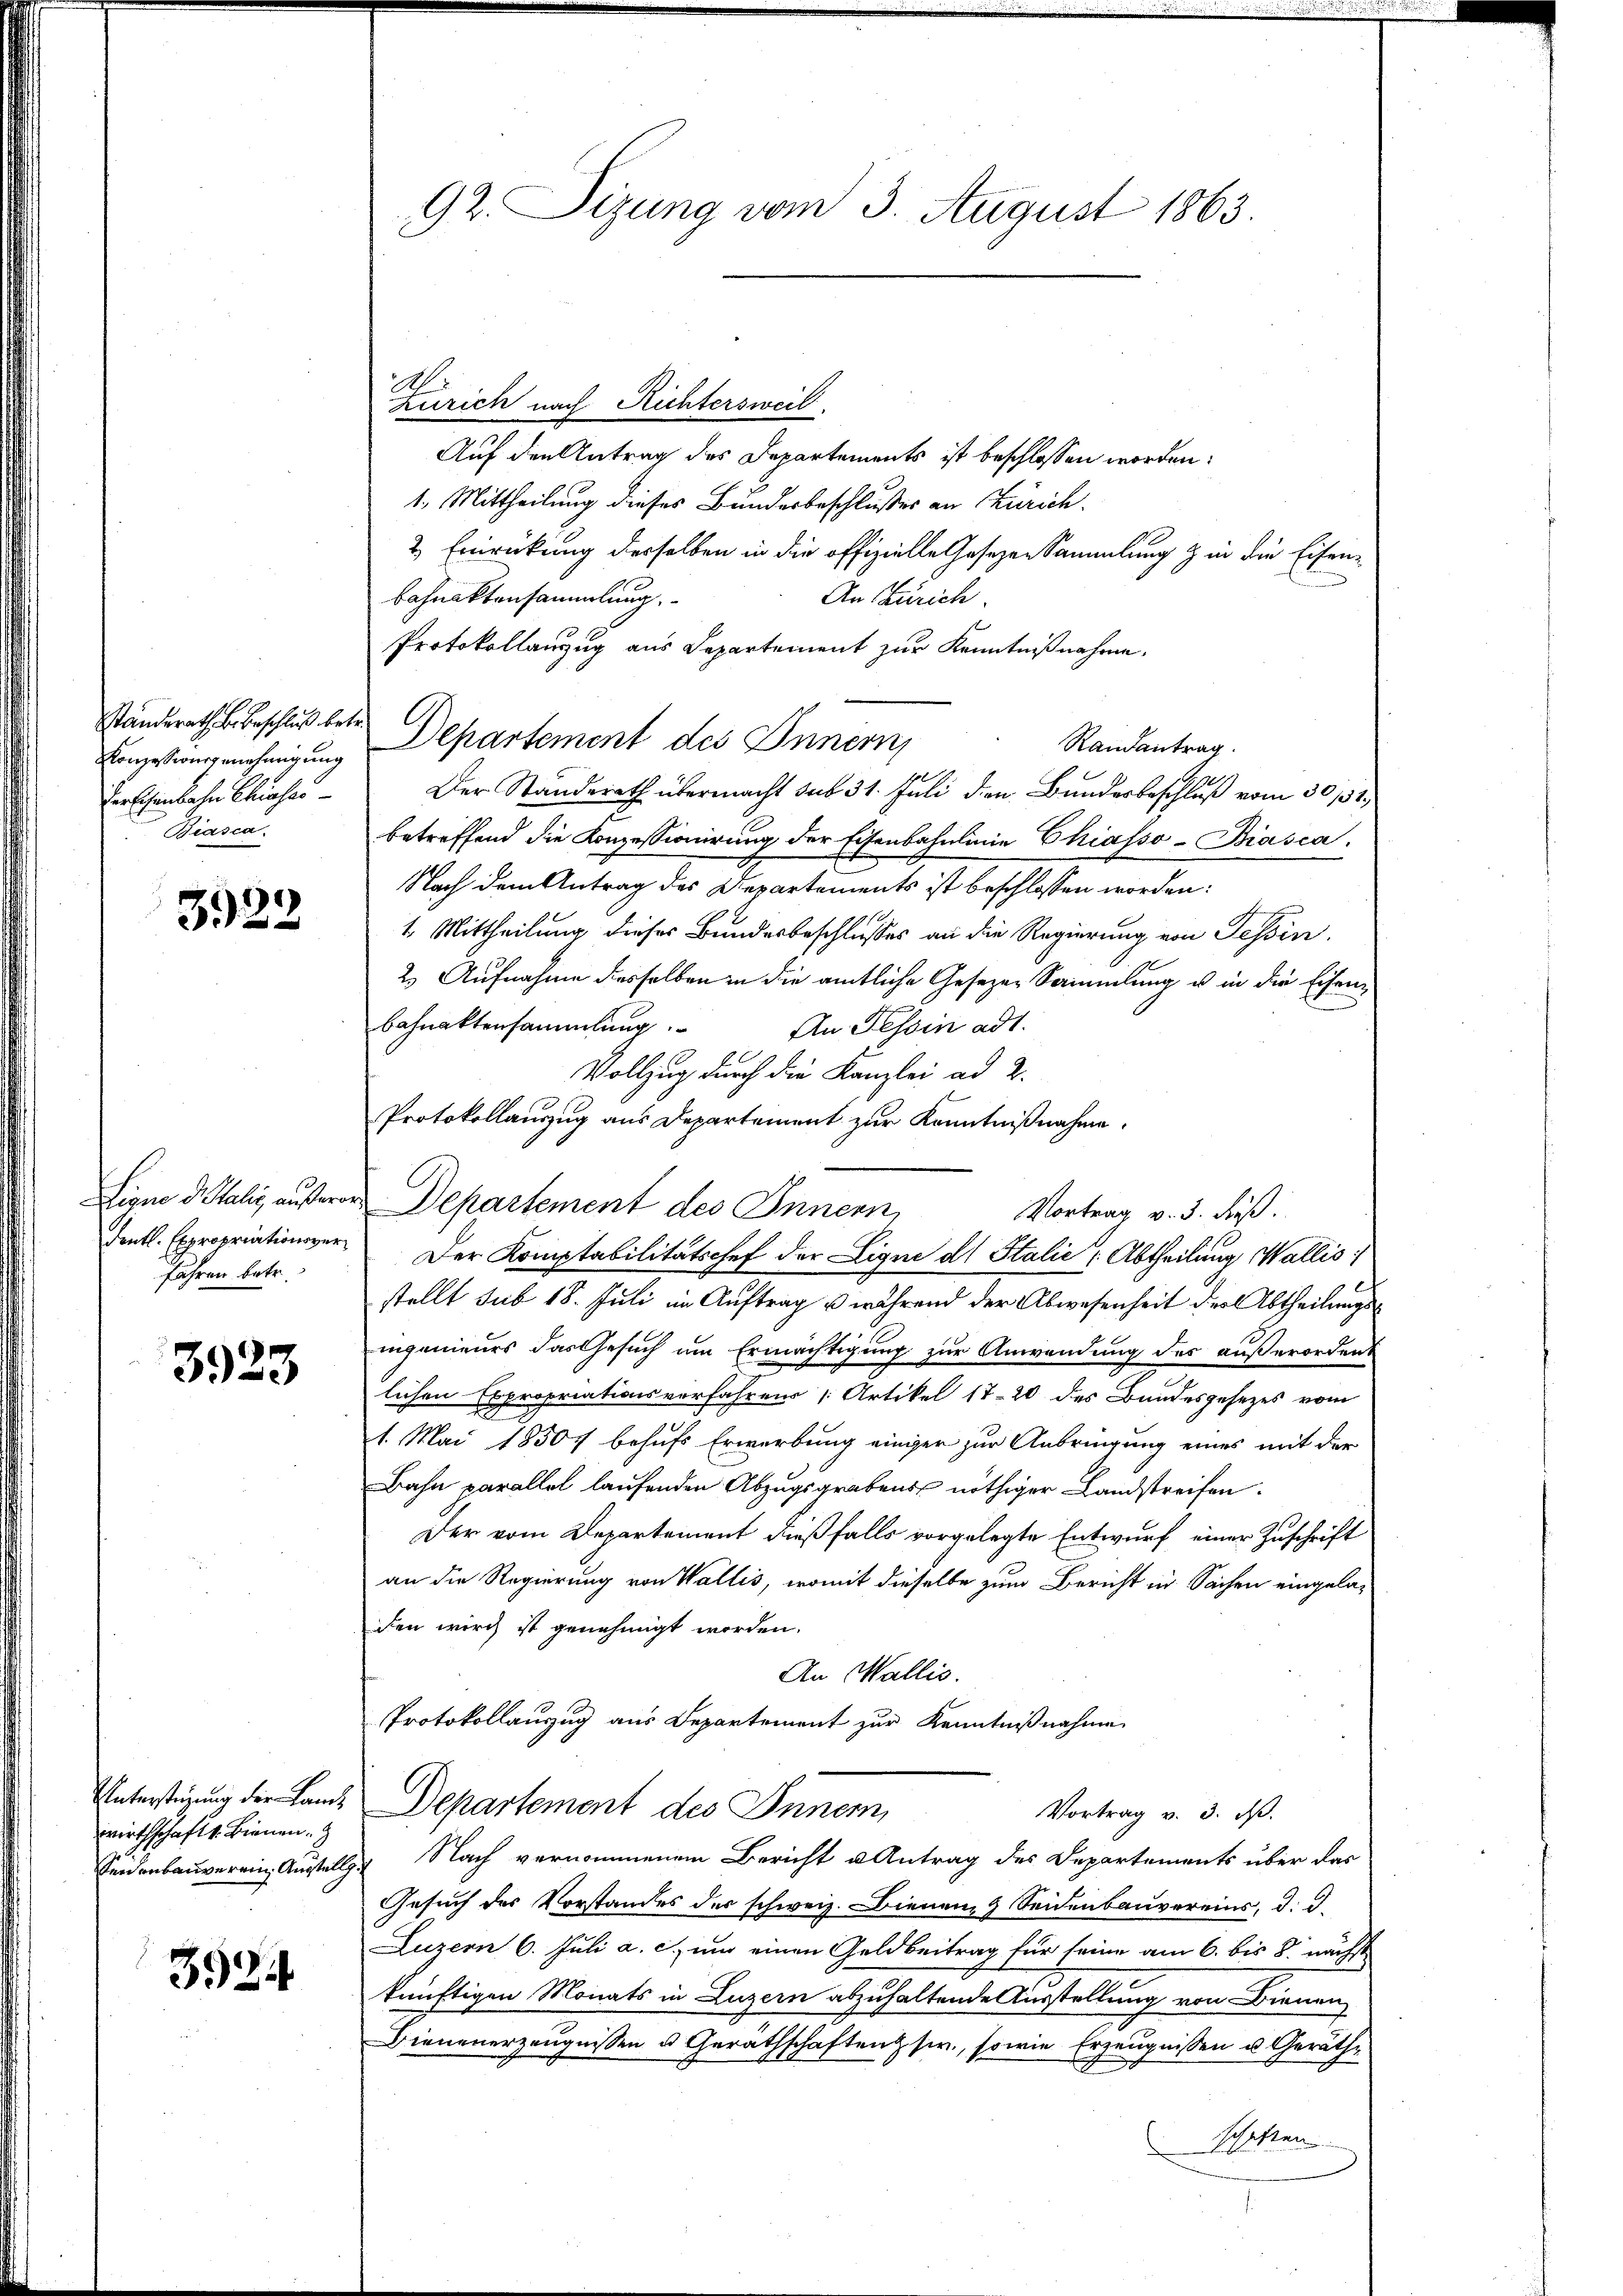
Konzessionsgenehmigung
Verschenbahn Chiahas
Biasca.

3922

Signe di Salis, außere
dentl. Expropriationsverfahren betr.

3923

Unterstüzung der Landwirthschaft 1. Bienen
Seidenbauverein Ausstellg

3924

92. Sizung vom 3. August 1863.

1
Zürich nach Richtersweil
Auf den Antrag des Departements ist beschlossen worden:
1. Mittheilung dieses Bundesbeschlußes an Zürich.
2. Einrückung desselben in die offizielle Gesezen Sammlung & in die Eisen¬
An Zürich.
Bahnaktensammlung
Protokollanzug aus Departement zur Kenntnißnahme.
standerathes Beschluß betr. Departement des Innern,
Randantrag.
Der Standerath übermacht sub 31. Juli den Bundesbeschluß vom 30 152.
betreffend die Konzessionirung der Eisenbahnlinie Chiasso-Biasca
Nach dem Antrag des Departements ist beschlossen worden:
1. Mittheilung dieses Bundesbeschlusses an die Regierung von Tessin.
2. Aufnahme desselben in die amtliche Gesezen Sammlung u. in die Eisenbahnaktensammlung.
An Tessin ad 1.
Vollzug durch die Kanzlei ad 2.
Protokollauszug aus Departement zur Kenntnißnahme.
Departement des Innern,
Vortrag v. 3. Fuß.
Der Komptabilitätschef der Lique di Stalić (Abtheilung Wallis
stellt sub 18. Juli im Auftrag u während der Abwesenheit der Abtheilungsingenieurs das Gesuch um Ermächtigung zur Anwendung des außerorden.
lichen Expropriationsverfahrens [Artikel 17-20 des Bundesgesezes vom
1. Mai 1850 behufs Erwerbung einiger zur Anbringung eines mit der
Bahn parallel laufenden Abzugsgrabens nöthiger Landstreifen.
Der vom Departement dießfalls vorgelegte Entwurf einer Zuschrift
an die Regierung von Wallis, womit dieselbe zum Bericht in Sachen eingeladen wird ist genehmigt worden.
An Wallis.
Protokollauszug aus Departement zur Kenntnißnahme
Departement des Inner,
Vortrag v. 3. ds.
 Nach vernommenem Bericht u Antrag des Departements über das
Gesuch der Vorstandes der schweiz. Dienen & Seidenbauvereins, d. d.
Luzern 6. Juli a. c. um einen Geldbeitrag für seine am 6. bis 8. nächst
künftigen Monats in Luzern abzuhaltende Ausstellung von Dienen
Dienenerzeugnissen u. Gerathschaften sie, sowie Erzeugnissen u. Geräthschaften